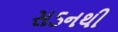
સડનથી